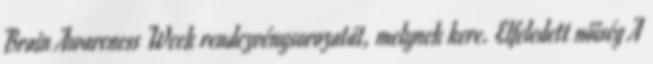
Brain Awareness Week rendezvénysorozatát, melynek kere. Elfeledett nőiség A